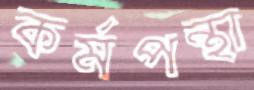
কর্মপন্থা